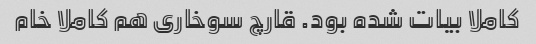
کاملا بیات شده بود. قارچ سوخاری هم کاملا خام